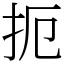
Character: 扼